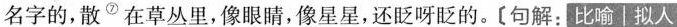
名字的,散^{⑦}在草从里,像眼睛,像星望,还眨呀眨的。[句解，比喻|拟人